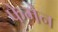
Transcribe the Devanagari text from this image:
फेमेन